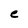
Character: c